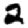
Digit: 2